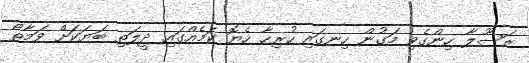
ރަސޫލާ ހިންގެވި މަގުން ހިނގައި ހުރިހާ ހެޔޮ ކަމެއްގައި ދީލަތި ބަޔަކަށް ވަމާތޯ